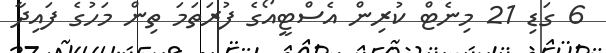
6 ގަޑި 21 މިނެޓް ކުރިން އެސްޓީއޯގެ ފުރަތަމަ ތިން މަހުގެ ފައިދާ